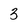
Character: 3